Annual report of the Punjab Veterinary College and of the Civil Veterinary Department, Punjab - 1926-1932
Year: 1926
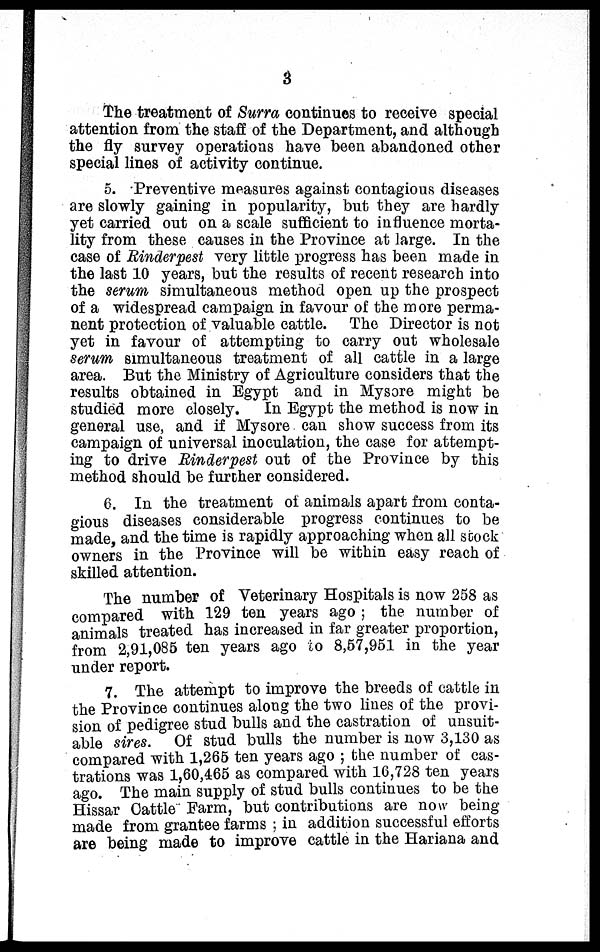
3
The treatment of Surra continues to receive special
attention from the staff of the Department, and although
the fly survey operations have been abandoned other
special lines of activity continue.
5. Preventive measures against contagious diseases
are slowly gaining in popularity, but they are hardly
yet carried out on a scale sufficient to influence morta-
lity from these causes in the Province at large. In the
case of Rinderpest very little progress has been made in
the last 10 years, but the results of recent research into
the serum simultaneous method open up the prospect
of a widespread campaign in favour of the more perma-
nent protection of valuable cattle. The Director is not
yet in favour of attempting to carry out wholesale
serum simultaneous treatment of all cattle in a large
area. But the Ministry of Agriculture considers that the
results obtained in Egypt and in Mysore might be
studied more closely. In Egypt the method is now in
general use, and if Mysore can show success from its
campaign of universal inoculation, the case for attempt-
ing to drive Rinderpest out of the Province by this
method should be further considered.
6. In the treatment of animals apart from conta-
gious diseases considerable progress continues to be
made, and the time is rapidly approaching when all stock
owners in the Province will be within easy reach of
skilled attention.
The number of Veterinary Hospitals is now 258 as
compared with 129 ten years ago; the number of
animals treated has increased in far greater proportion,
from 2,91,085 ten years ago to 8,57,951 in the year
under report.
7. The attempt to improve the breeds of cattle in
the Province continues along the two lines of the provi-
sion of pedigree stud bulls and the castration of unsuit-
able sires. Of stud bulls the number is now 3,130 as
compared with 1,265 ten years ago; the number of cas-
trations was 1,60,465 as compared with 16,728 ten years
ago. The main supply of stud bulls continues to be the
Hissar Cattle Farm, but contributions are now being-
made from grantee farms; in addition successful efforts
are being made to improve cattle in the Hariana and